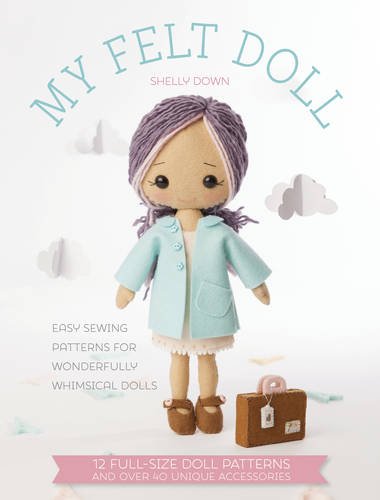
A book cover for My Felt Doll: 12 Easy Patterns for Wonderful Whimsical Dolls; Shelly Down; Crafts, Hobbies & Home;